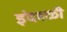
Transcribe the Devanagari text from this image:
इंदवळी